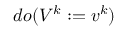
d o ( V ^ { k } : = v ^ { k } )